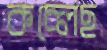
কচ্‌লেছ